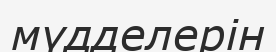
мүдделерін